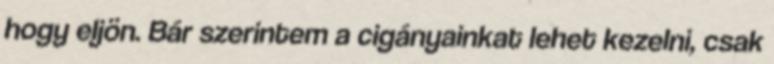
hogy eljön. Bár szerintem a cigányainkat lehet kezelni, csak